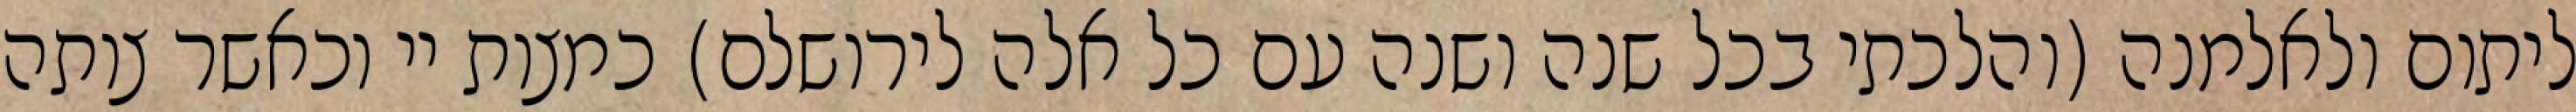
ליתום ולאלמנה (והלכתי בכל שנה ושנה עם כל אלה לירושלם) כמצות יי וכאשר צותה